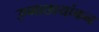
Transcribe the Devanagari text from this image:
उष्माछायांकन